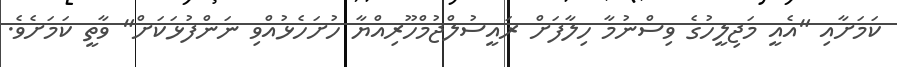
ކަމަށާއި "އެއީ މަޖިލީހުގެ ވިސްނުމާ ހިލާފަށް ރައީސުލްޖުމްހޫރިއްޔާ ހުށަހެޅުއްވި ނަންފުޅަކަށް" ވާތީ ކަމަށެވެ.